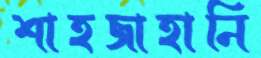
শাহজাহানি